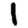
Digit: 1